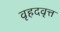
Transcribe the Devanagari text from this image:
वृहदवृत्त